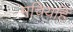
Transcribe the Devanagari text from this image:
मचियहिं